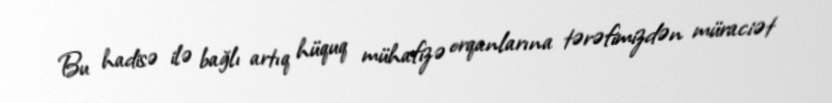
Bu hadisə ilə bağlı artıq hüquq mühafizə orqanlarına tərəfimizdən müraciət